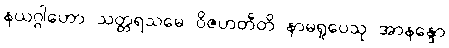
နယဂ္ဂါဟော သတ္တရသမေ ဝိဇဟတီတိ နာမရူပေသု အာနန္ဒော